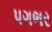
પગભર